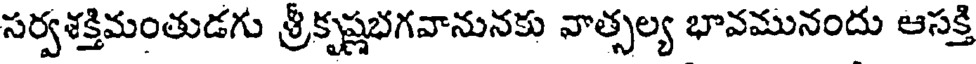
సర్వశక్తిమంతుడగు శ్రీకృష్ణభగవానునకు వాత్సల్య భావమునందు ఆసక్తి